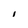
Character: I